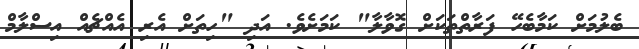
ބެލުމަށް ކަމާބެހޭ ފަރާތްތަކަށް ގޮވާލާ" ކަމަށެވެ. އަދި "ހިތަށް އެރި އެއްޗެއް އިސްލާމް